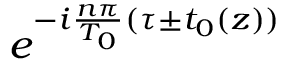
e ^ { - i \frac { n \pi } { T _ { 0 } } ( \tau \pm t _ { 0 } ( z ) ) }